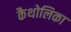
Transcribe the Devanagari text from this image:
कैथोलिका